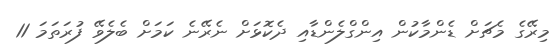
މިރޭގެ މެޗަށް ޑެންމާކުން އިންގްލެންޑާއި ދެކޮޅަށް ނެރޭނެ ކަމަށް ބެލެވޭ ފުރަތަމަ 11